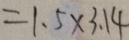
= 1 . 5 \times 3 . 1 4